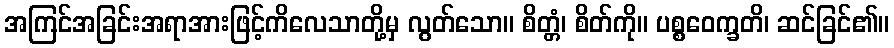
အကြင်အခြင်းအရာအားဖြင့်ကိလေသာတို့မှ လွတ်သော။ စိတ္တံ၊ စိတ်ကို။ ပစ္စဝေက္ခတိ၊ ဆင်ခြင်၏။